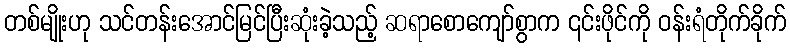
တစ်မျိုးဟု သင်တန်းအောင်မြင်ပြီးဆုံးခဲ့သည့် ဆရာစောကျော်စွာက ၎င်းဖိုင်ကို ဝန်းရံတိုက်ခိုက်